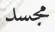
مجسد